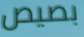
بصيص